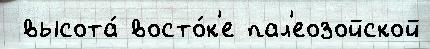
 высота́ восто́к'е пал'еозойской